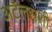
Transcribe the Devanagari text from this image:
अटॅलसशी